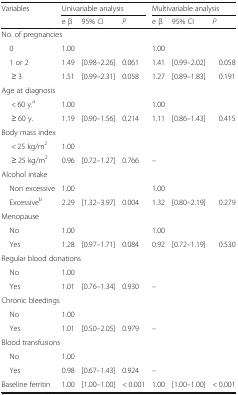
<table><thead><tr><td rowspan="2"><b>Variables</b></td><td colspan="3"><b>Univariable analysis</b></td><td colspan="3"><b>Multivariable analysis</b></td></tr><tr><td><b>e β</b></td><td><b>95% CI</b></td><td><b><i>P</i></b></td><td><b>e β</b></td><td><b>95% CI</b></td><td><b><i>P</i></b></td></tr></thead><tbody><tr><td colspan="7">No. of pregnancies</td></tr><tr><td> 0</td><td>1.00</td><td></td><td></td><td>1.00</td><td></td><td></td></tr><tr><td> 1 or 2</td><td>1.49</td><td>[0.98–2.26]</td><td>0.061</td><td>1.41</td><td>[0.99–2.02]</td><td>0.058</td></tr><tr><td>≥ 3</td><td>1.51</td><td>[0.99–2.31]</td><td>0.058</td><td>1.27</td><td>[0.89–1.83]</td><td>0.191</td></tr><tr><td colspan="7">Age at diagnosis</td></tr><tr><td>&lt; 60 y.<sup>a</sup></td><td>1.00</td><td></td><td></td><td>1.00</td><td></td><td></td></tr><tr><td>≥ 60 y.</td><td>1.19</td><td>[0.90–1.56]</td><td>0.214</td><td>1.11</td><td>[0.86–1.43]</td><td>0.415</td></tr><tr><td colspan="7">Body mass index</td></tr><tr><td>&lt; 25 kg/m<sup>2</sup></td><td>1.00</td><td></td><td></td><td></td><td></td><td></td></tr><tr><td>≥ 25 kg/m<sup>2</sup></td><td>0.96</td><td>[0.72–1.27]</td><td>0.766</td><td>–</td><td></td><td></td></tr><tr><td colspan="7">Alcohol intake</td></tr><tr><td> Non excessive</td><td>1.00</td><td></td><td></td><td>1.00</td><td></td><td></td></tr><tr><td> Excessive<sup>b</sup></td><td>2.29</td><td>[1.32–3.97]</td><td>0.004</td><td>1.32</td><td>[0.80–2.19]</td><td>0.279</td></tr><tr><td colspan="7">Menopause</td></tr><tr><td> No</td><td>1.00</td><td></td><td></td><td>1.00</td><td></td><td></td></tr><tr><td> Yes</td><td>1.28</td><td>[0.97–1.71]</td><td>0.084</td><td>0.92</td><td>[0.72–1.19]</td><td>0.530</td></tr><tr><td colspan="7">Regular blood donations</td></tr><tr><td> No</td><td>1.00</td><td></td><td></td><td></td><td></td><td></td></tr><tr><td> Yes</td><td>1.01</td><td>[0.76–1.34]</td><td>0.930</td><td>–</td><td></td><td></td></tr><tr><td colspan="7">Chronic bleedings</td></tr><tr><td> No</td><td>1.00</td><td></td><td></td><td></td><td></td><td></td></tr><tr><td> Yes</td><td>1.01</td><td>[0.50–2.05]</td><td>0.979</td><td>–</td><td></td><td></td></tr><tr><td colspan="7">Blood transfusions</td></tr><tr><td> No</td><td>1.00</td><td></td><td></td><td></td><td></td><td></td></tr><tr><td> Yes</td><td>0.98</td><td>[0.67–1.43]</td><td>0.924</td><td>–</td><td></td><td></td></tr><tr><td>Baseline ferritin</td><td>1.00</td><td>[1.00–1.00]</td><td>&lt; 0.001</td><td>1.00</td><td>[1.00–1.00]</td><td>&lt; 0.001</td></tr></tbody></table>